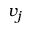
v _ { j }